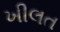
ખીલત